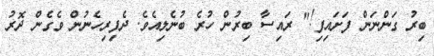
ބިރު ގަންނަން ފަށައިފި!" ރައިސާ ބިރުން ހުރެ ބުނެލިއެވެ. ދެފިރިހެނުން ވެގެން ދޮރު